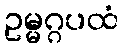
ဥမ္မဂ္ဂပထံ